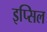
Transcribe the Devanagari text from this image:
इप्सिल